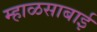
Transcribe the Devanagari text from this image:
म्हाळसाबाई